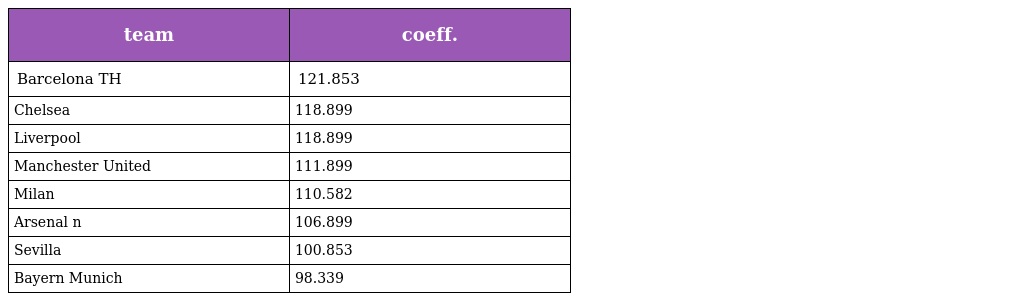
| team | coeff. |
 | --- | --- |
 | Barcelona TH | 121.853 |
 | Chelsea | 118.899 |
 | Liverpool | 118.899 |
 | Manchester United | 111.899 |
 | Milan | 110.582 |
 | Arsenal n | 106.899 |
 | Sevilla | 100.853 |
 | Bayern Munich | 98.339 |